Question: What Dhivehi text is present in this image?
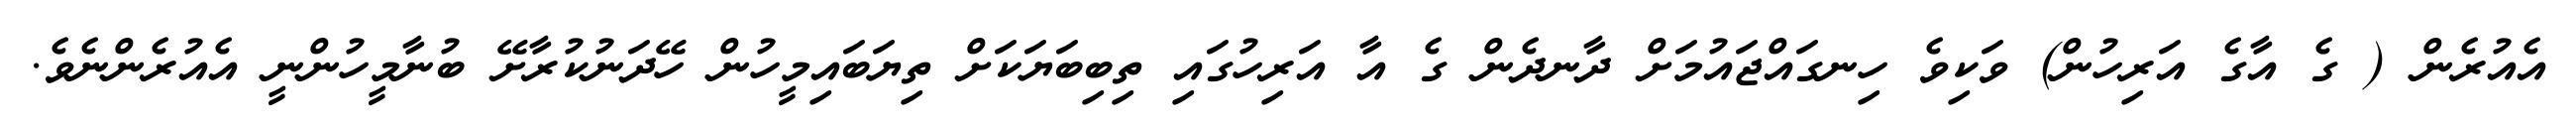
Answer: އެއުރެން ( ގެ އާގެ އަރިހުން) ވަކިވެ ހިނގައްޖައުމަށް ދާނދެން ގެ އާ އަރިހުގައި ތިބިބަޔަކަށް ތިޔަބައިމީހުން ހޭދަނުކުރާށޭ ބުނާމީހުންނީ އެއުރެންނެވެ.